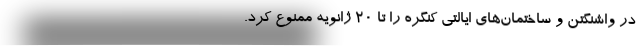
در واشنگتن و ساختمان‌های ایالتی کنگره را تا ۲۰ ژانویه ممنوع کرد.